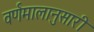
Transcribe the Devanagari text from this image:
वर्णमालानुसारी